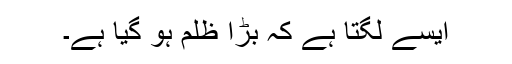
ایسے لگتا ہے کہ بڑا ظلم ہو گیا ہے۔